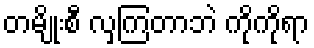
တမျိုးစီ လှကြတာဘဲ ကိုကိုရာ